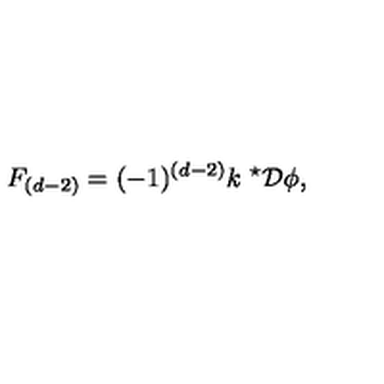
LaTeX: F _ { ( d - 2 ) } = ( - 1 ) ^ { ( d - 2 ) } k \ { } ^ { \star } { \cal D } \phi ,